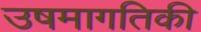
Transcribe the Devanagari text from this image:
उषमागतिकी